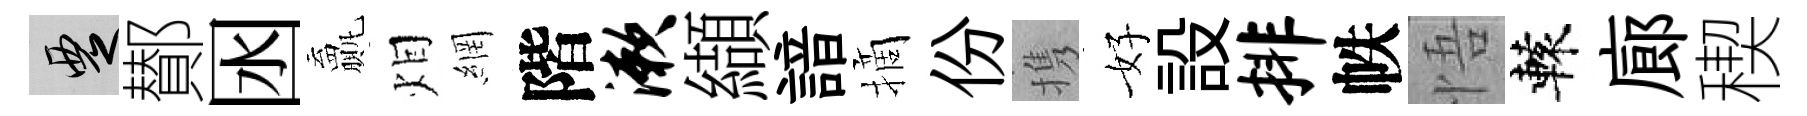
覂鄼囦贏𤇆網階漱纈諳摘份携好設排帙悟轅廊稧